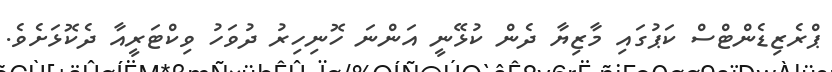
ޕްރެޒިޑެންޓްސް ކަޕުގައި މާޒިޔާ ދެން ކުޅޭނީ އަންނަ ހޮނިހިރު ދުވަހު ވިކްޓަރީއާ ދެކޮޅަށެވެ.